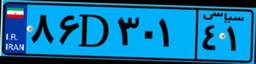
۸۶D۳۰۱۴۱